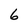
Character: 6